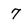
Character: 7